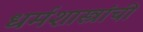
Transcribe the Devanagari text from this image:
धर्मशास्त्रांची